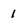
Character: 1